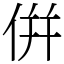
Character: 倂